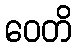
ဝေတိ